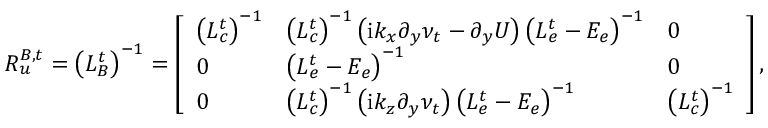
\boldsymbol { R _ { u } ^ { B , t } } = \left( \boldsymbol { L _ { B } ^ { t } } \right) ^ { - 1 } = \left[ \begin{array} { l l l } { \left( \boldsymbol { L _ { c } ^ { t } } \right) ^ { - 1 } } & { \left( \boldsymbol { L _ { c } ^ { t } } \right) ^ { - 1 } \left( \mathrm { i } k _ { x } \boldsymbol { \partial _ { y } \nu _ { t } } - \boldsymbol { \partial _ { y } } \boldsymbol { U } \right) \left( \boldsymbol { L _ { e } ^ { t } } - \boldsymbol { E _ { e } } \right) ^ { - 1 } } & { \boldsymbol { 0 } } \\ { \boldsymbol { 0 } } & { \left( \boldsymbol { L _ { e } ^ { t } } - \boldsymbol { E _ { e } } \right) ^ { - 1 } } & { \boldsymbol { 0 } } \\ { \boldsymbol { 0 } } & { \left( \boldsymbol { L _ { c } ^ { t } } \right) ^ { - 1 } \left( \mathrm { i } k _ { z } \boldsymbol { \partial _ { y } \nu _ { t } } \right) \left( \boldsymbol { L _ { e } ^ { t } } - \boldsymbol { E _ { e } } \right) ^ { - 1 } } & { \left( \boldsymbol { L _ { c } ^ { t } } \right) ^ { - 1 } } \end{array} \right] ,